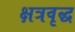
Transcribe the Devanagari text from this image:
क्षत्रवृद्ध